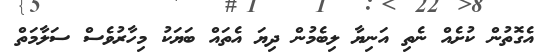
އެގޮތުން ކުށެއް ނެތި އަނިޔާ ލިބެމުން ދިޔަ އެތައް ބަޔަކު މިހާރުވެސް ސަލާމަތް